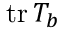
\mathrm { t r } \, T _ { b }